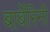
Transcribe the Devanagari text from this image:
बार्बेरिनी